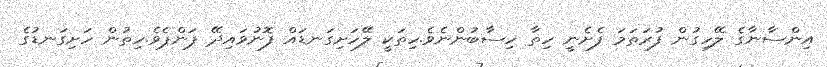
އިންސާނާގެ ލޭހިގުން ފުރަތަމަ ފެށެނީ ހިތާ ހިސާބުންނެވެ.ހިތަކީ ލޭހަށިގަނޑައް ފޮނުވައިދޭ ޕަންޕެވެ.ހިތުން ހަށިގަނޑުގެ